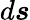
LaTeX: d\boldsymbol s